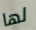
لها